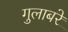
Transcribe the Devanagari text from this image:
गुलाबरे